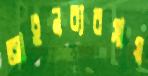
আইনব্যবসায়